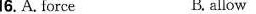
16.A. Force B allow